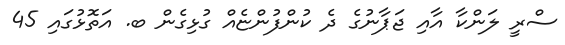
ސްރީ ލަންކާ އާއި ޖަޕާނުގެ ދެ ކުންފުންޏެއް ގުޅިގެން ބ. އަތޮޅުގައި 45